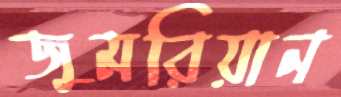
জুমরিয়ান